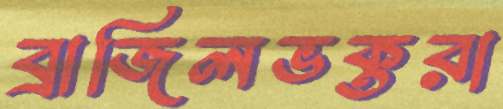
ব্রাজিলভক্তরা